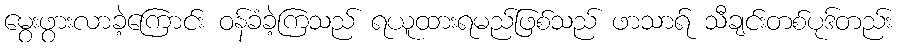
မွေးဖွားလာခဲ့ကြောင်း ဝန်ခံခဲ့ကြသည် ရယူထားရမည်ဖြစ်သည် ဖာသာရ် သီချင်းတစ်ပုဒ်တည်း